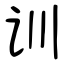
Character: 训